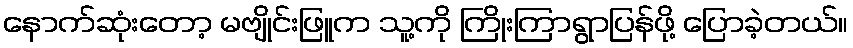
နောက်ဆုံးတော့ မဗျိုင်းဖြူက သူ့ကို ကြိုးကြာရွာပြန်ဖို့ ပြောခဲ့တယ်။